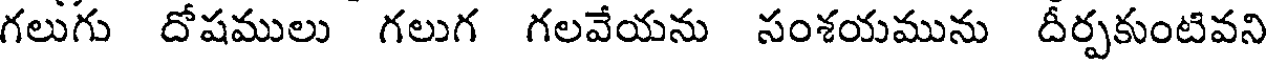
గలుగు దోషములు గలుగ గలవేయను సంశయమును దీర్పకుంటివని